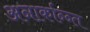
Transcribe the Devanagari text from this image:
अनार्कान्न्त